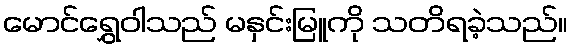
မောင်ရွှေဝါသည် မနှင်းမြူကို သတိရခဲ့သည်။